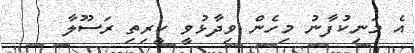
އެ މަނިކުފާނު މިހެން ވިދާޅުވީ ކީރިތި ރަސޫލާ